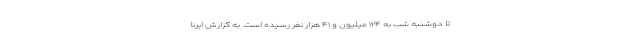
تا دوشنبه شب به ۱۲۴ میلیون و ۴۱ هزار نفر رسیده است. به گزارش ایرنا